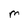
Character: M